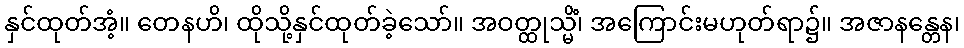
နှင်ထုတ်အံ့။ တေနဟိ၊ ထိုသို့နှင်ထုတ်ခဲ့သော်။ အဝတ္ထုသ္မိံ၊ အကြောင်းမဟုတ်ရာ၌။ အဇာနန္တေန၊